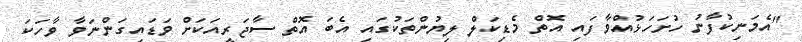
"އެމަނިކުފާނު ހުށަހަޅުއްވާފައި އޮތް މެޑިކަލް ލިޔުންތަކުގައި އެބަ އޮތް ސާޖަރީއަކަށް ވަޑައިގަންނަވާ ވާހަކަ